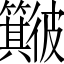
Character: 𱝻